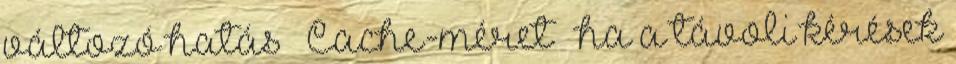
változó hatás – Cache-méret – ha a távoli kérések